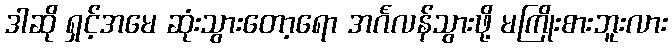
ဒါဆို ရှင့်အမေ ဆုံးသွားတော့ရော အင်္ဂလန်သွားဖို့ မကြိုးစားဘူးလား